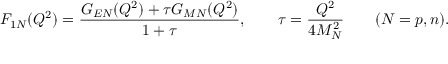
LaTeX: F _ { 1 N } ( Q ^ { 2 } ) = \frac { G _ { E N } ( Q ^ { 2 } ) + \tau G _ { M N } ( Q ^ { 2 } ) } { 1 + \tau } , \qquad \tau = \frac { Q ^ { 2 } } { 4 M _ { N } ^ { 2 } } \qquad ( N = p , n ) .